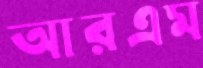
আরএম